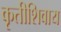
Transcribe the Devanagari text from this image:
कृतीशिवाय